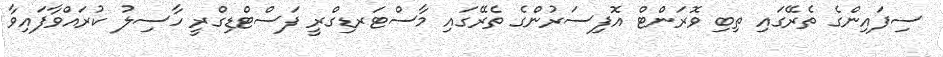
ސިފައިންގެ ތެރޭގައި ތިބި ވޮރަންޓް އޮފިސަރުންގެ ތެރޭގައި މާސްޓަރޑިގްރީ ފަސްޓްޑިގްރީ ހާސިލު ކުރައްވާފައިވާ